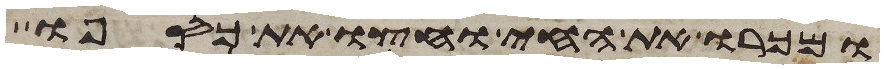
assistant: ומכרו את החי וחצו את כספו